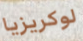
لوكريزيا